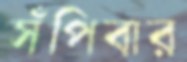
সঁপিবার